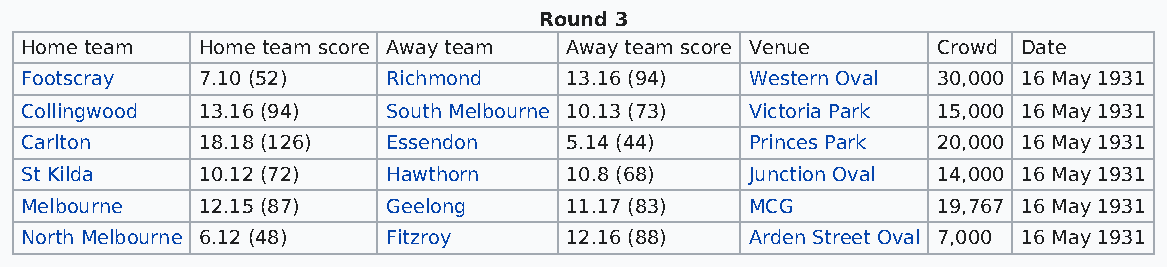
Round 3
 Home team   Home team score Away team Away team score Venue  Crowd Date
 Footscray   7.10 (52)    Richmond   13.16 (94)   Western Oval 30,000 16 May 1931
 Collingwood 13.16 (94)   South Melbourne 10.13 (73) Victoria Park 15,000 16 May 1931
 Carlton     18.18 (126)  Essendon   5.14 (44)    Princes Park 20,000 16 May 1931
 St Kilda    10.12 (72)   Hawthorn   10.8 (68)    Junction Oval 14,000 16 May 1931
 Melbourne   12.15 (87)   Geelong    11.17 (83)   MCG         19,767 16 May 1931
 North Melbourne 6.12 (48) Fitzroy   12.16 (88)   Arden Street Oval 7,000 16 May 1931